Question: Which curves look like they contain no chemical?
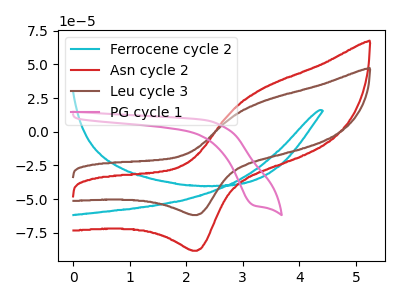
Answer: <think>The cyan curve "Ferrocene cycle 2" has no peaks. The red curve "Asn cycle 2" has an anodic peak at (3.30V, 31.20uA) and a cathodic peak at (2.20V, -88.45uA). The brown curve "Leu cycle 3" has an anodic peak at (3.30V, 21.85uA) and a cathodic peak at (2.20V, -61.90uA). The pink curve "PG cycle 1" has a cathodic peak at: (3.20V, -54.75uA).</think>
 <answer>"Ferrocene cycle 2" is likely to be a blank.</answer>
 <eval>Ferrocene cycle 2</eval>